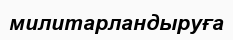
милитарландыруға